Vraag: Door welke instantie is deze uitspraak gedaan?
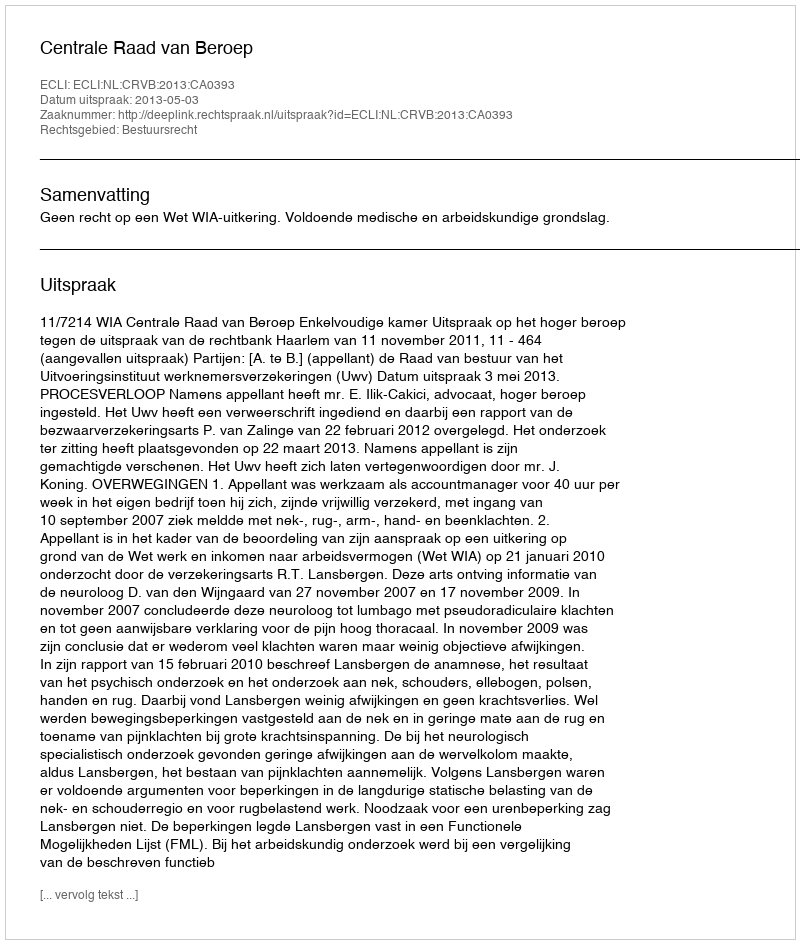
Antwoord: Centrale Raad van Beroep